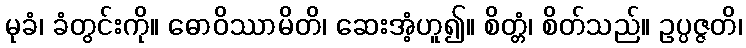
မုခံ၊ ခံတွင်းကို။ ဓောဝိဿာမိတိ၊ ဆေးအံ့ဟူ၍။ စိတ္တံ၊ စိတ်သည်။ ဥပ္ပဇ္ဇတိ၊